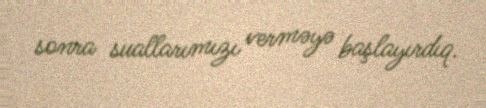
sonra suallarımızı verməyə başlayırdıq.